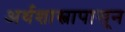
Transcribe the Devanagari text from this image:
अर्थशास्त्रापासून